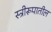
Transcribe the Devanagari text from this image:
स्त्रीरूपातील